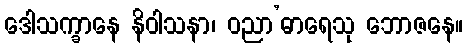
ဒေါသက္ခာနေ နိဝါသနာ၊ ဝညာ’ဓာရေသု ဘောဇနေ။